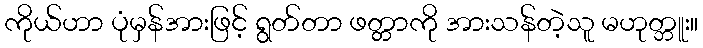
ကိုယ်ဟာ ပုံမှန်အားဖြင့် ရွတ်တာ ဖတ္တာကို အားသန်တဲ့သူ မဟုတ္ဘူး။